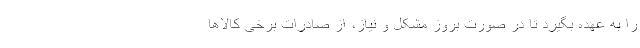
را به عهده بگیرد تا در صورت بروز مشکل و نیاز، از صادرات برخی کالاها